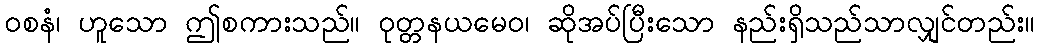
ဝစနံ၊ ဟူသော ဤစကားသည်။ ဝုတ္တနယမေဝ၊ ဆိုအပ်ပြီးသော နည်းရှိသည်သာလျှင်တည်း။